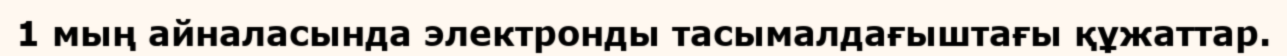
1 мың айналасында электронды тасымалдағыштағы құжаттар.